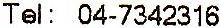
TEL: 04-7342316